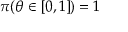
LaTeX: \textstyle \pi ( \theta \in [ 0 , 1 ] ) = 1